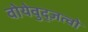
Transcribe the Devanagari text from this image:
वोयेवुद्ज़त्वो